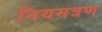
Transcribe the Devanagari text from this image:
नियमत्रण